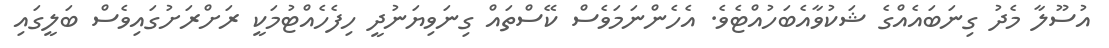
އުސޫލާ މެދު ގިނަބައެއްގެ ޝަކުވާއެބަހުއްޓެވެ. އެހެންނަމަވެސް ކޭސްތައް ގިނަވިޔަނުދީ ހިފެހެއްޓުމަކީ ރަށްރަށުގައިވެސް ބަލީގައި